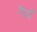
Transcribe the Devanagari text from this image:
पैंयाँ